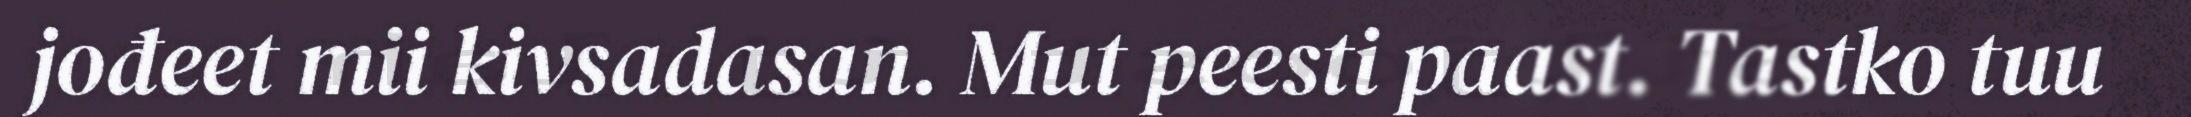
jođeet mii kivsadasan. Mut peesti paast. Tastko tuu